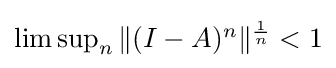
{\textstyle \limsup _{n}\|(I-A)^{n}\|^{\frac {1}{n}}<1}